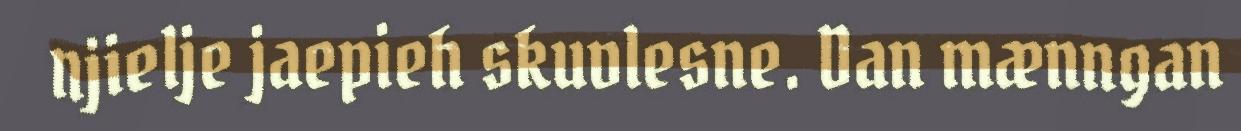
njielje jaepieh skuvlesne. Dan mænngan